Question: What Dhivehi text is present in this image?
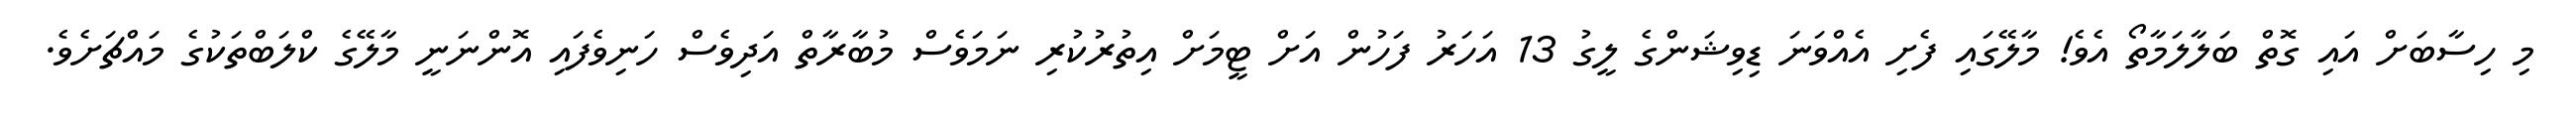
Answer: މި ހިސާބަށް އައި ގޮތް ބަލާލަމާތޯ އެވެ! މާލޭގައި ފެށި އެއްވަނަ ޑިވިޝަންގެ ލީގު 13 އަހަރު ފަހުން އަށް ޓީމަށް އިތުރުކުރި ނަމަވެސް މުބާރާތް އަދިވެސް ހަނިވެފައި އޮންނަނީ މާލޭގެ ކްލަބްތަކުގެ މައްޗަށެވެ.